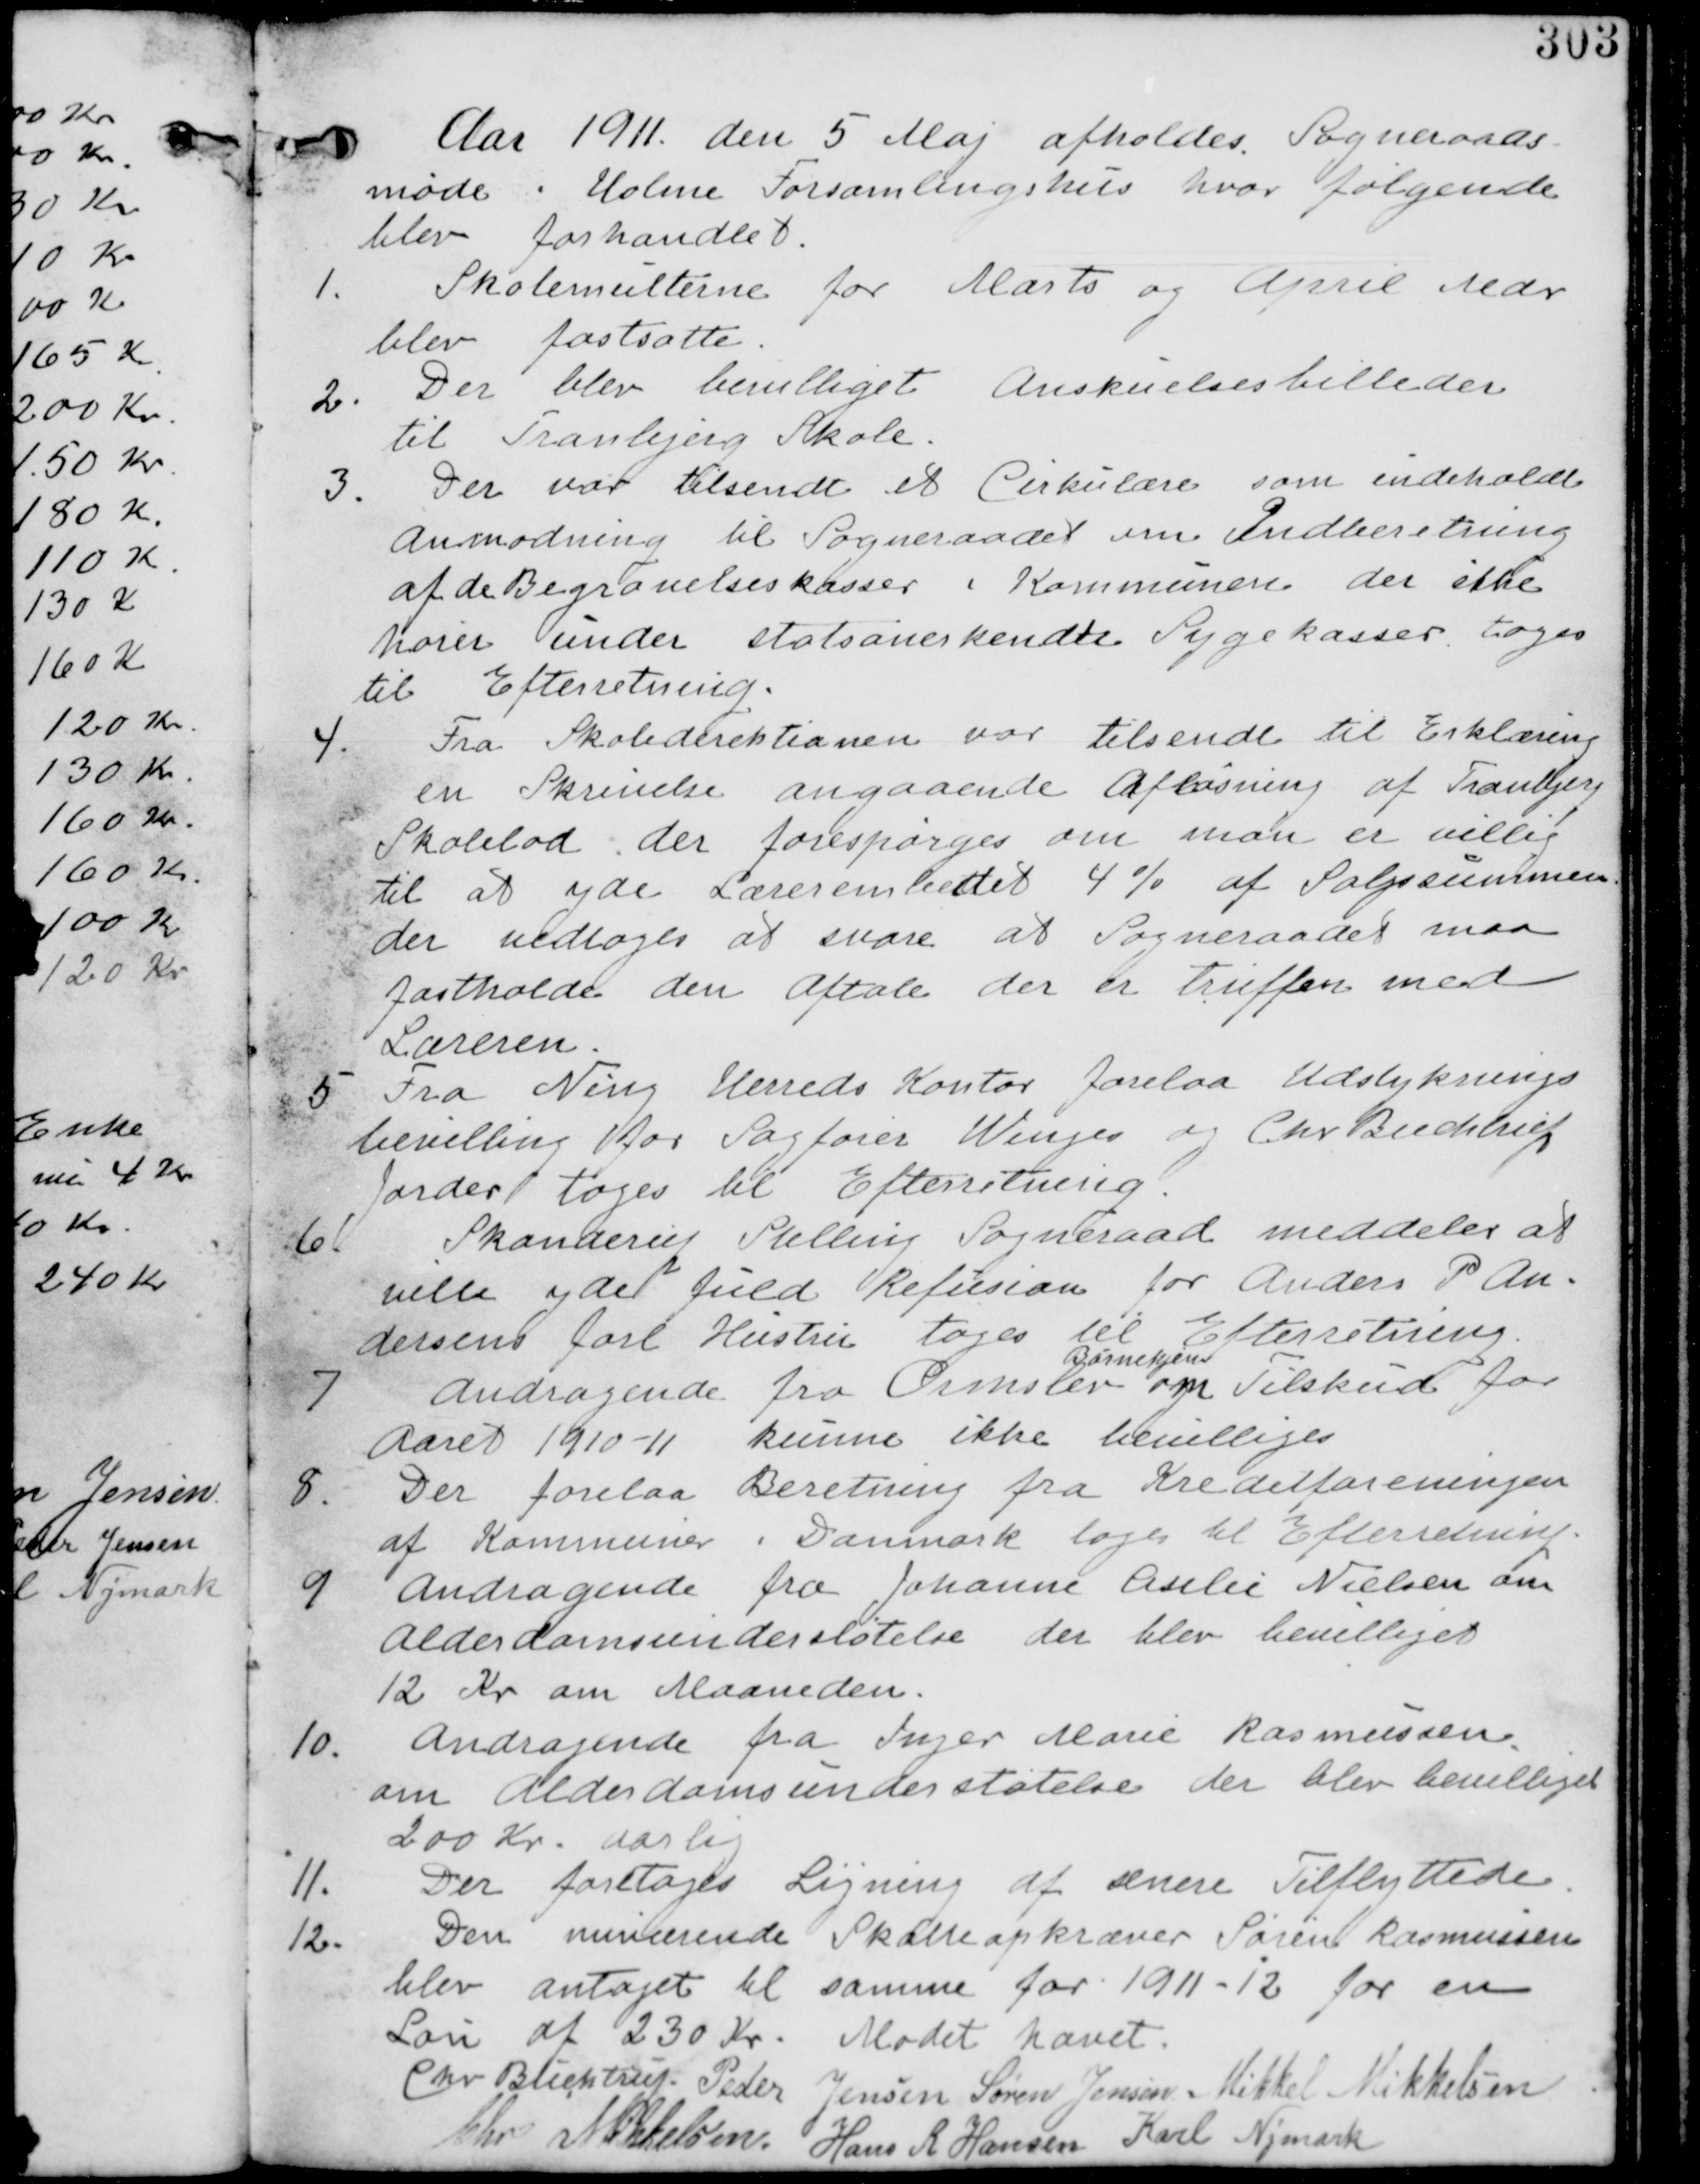
Transskription:
Aar 1911 den 5 Maj afholdes Sogneraads
møde i Holme Forsamlingshus hvor følgende
blev forhandlet.

1. Skolemulterne for Marts og April Mdr
blev fastsatte.

2. Der blev bevilliget Anskuelsesbilleder
til Tranbjerg Skole

3. Der var tilsendt et Cirkulære som indeholdt
Anmodning til Sogneraadet om Indberetning
af de Begravelseskasser i Kommunen der ikke
hører under statsanerkendte Sygekasser tages
til Efterretning

4. Fra Skoledirektionen var tilsendt til Erklæring
en Skrivelse angaaende Afløsning af Tranbjerg
Skolelod der forespørges om man er villig
til at yde Lærerembedet 4% af salgssummen
der vedtages at svare at Sogneraadet maa
fastholde den aftale der er truffen med
Læreren.

5. Fra Ning Herreds Kontor forelaa Udstyknings
bevilling for Sagfører Winges og Chr Buchtrup
Jorder tages til Efterretning

6.
Skanderup Stilling Sogneraad meddeler at
ville yde fuld Refusion for Anders P An-
dersens  Hustru tages til Efterretning.

7.
Andragende fra Ormslev
Børnehjem
om Tilskud for
Aaret 1910-11. kunne ikke bevilliges

8. Der forelaa Beretning fra Kreditforeningen
af Kommuner i Danmark tages til Efterretning.

9. Andragende fra Johanne Cesilie Nielsen om
Alderdomsunderstøtelse der blev bevilliget
12 Kr om Maaneden

10. Andragende fra Inger Marie Rasmussen
om Alderdomsunderstøtelse der blev bevilliget
200 Kr Aarlig

11.
Der foretages Ligning af senere Tilflyttere

12.
Den nuværende Skatteopkræver Søren Rasmussen
blev antaget til samme for 1911-12 for en
Løn af 230 Kr.

Mødet hævet
Chr Buchtrup. Peder Jensen Søren Jensen Mikkel Mikkelsen
Chr Mikkelsen Hans R Hansen Karl Nymark